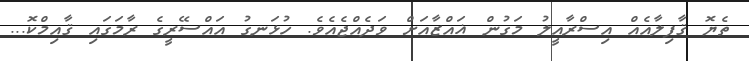
ތެޔޮ ޤާފިލާއެއް އިސްރާއީލު މަގުން ޣައްޒާއަށް ވަދެއްޖެއެވެ. ހުޅަނގު އައްސޭރީގެ ރާމަގައި ޤާއިމްކޮ...